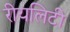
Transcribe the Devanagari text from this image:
रीयलिटी